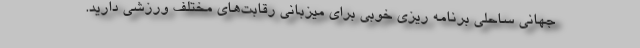
جهانی ساحلی برنامه ریزی خوبی برای میزبانی رقابت‌های مختلف ورزشی دارید.